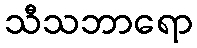
သီသဘာရော